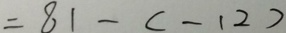
= 8 1 - ( - 1 2 )